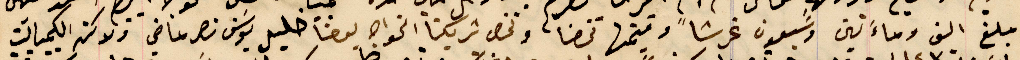
مبلغ الف وماءَتين وسبعون غرشاً وقيمتها تخصنا وتخص شريكنا الخواجه يوحنا خليل يوسَف نصر ماضي ولاكن الكمبيالت